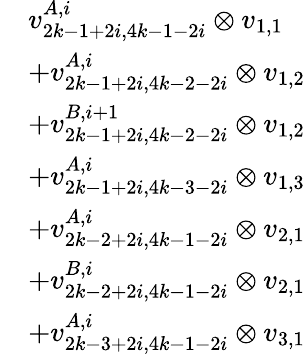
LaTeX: \begin{array}{rl}&{v_{2k-1+2i,4k-1-2i}^{A,i}\otimes v_{1,1}}\\ &{+v_{2k-1+2i,4k-2-2i}^{A,i}\otimes v_{1,2}}\\ &{+v_{2k-1+2i,4k-2-2i}^{B,i+1}\otimes v_{1,2}}\\ &{+v_{2k-1+2i,4k-3-2i}^{A,i}\otimes v_{1,3}}\\ &{+v_{2k-2+2i,4k-1-2i}^{A,i}\otimes v_{2,1}}\\ &{+v_{2k-2+2i,4k-1-2i}^{B,i}\otimes v_{2,1}}\\ &{+v_{2k-3+2i,4k-1-2i}^{A,i}\otimes v_{3,1}}\end{array}